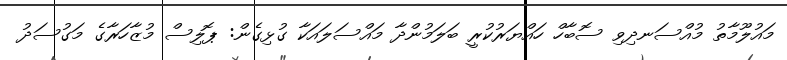
މައުލޫމާތު މުއްސަނދިވި ސޮބާހް ހައްޔަރުކުރީ ބަލަމުންދާ މައްސަލައަކާ ގުޅިގެން: ޕޮލިސް މުޒާހަރާގެ މަގުސަދު